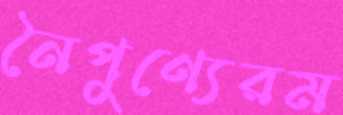
নৈপুণ্যেরম